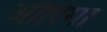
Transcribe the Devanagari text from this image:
ऑरिगा